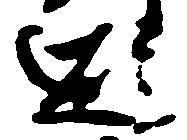
避